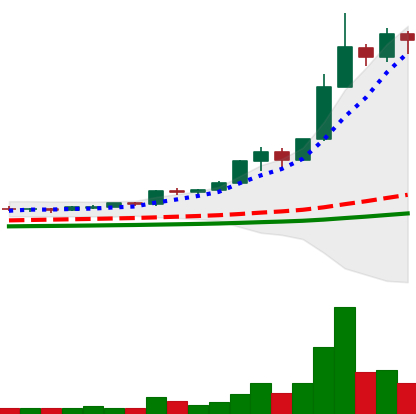
Ticker: BNB-USD
Chart end date: 2021-02-13
Forward return: 46.818%
Label: up_7plus